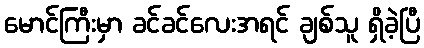
မောင်ကြီးမှာ ခင်ခင်လေးအရင် ချစ်သူ ရှိခဲ့ပြီ